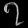
Digit: ၇